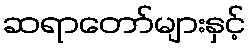
ဆရာတော်များနှင့်